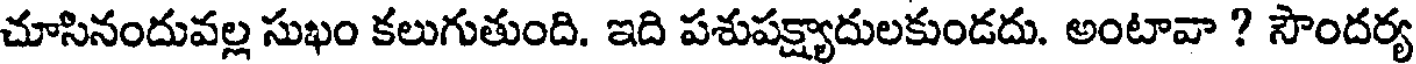
చూసినందువల్ల సుఖం కలుగుతుంది. ఇది పశుపక్ష్యాదులకుండదు. అంటావా ? సౌందర్య